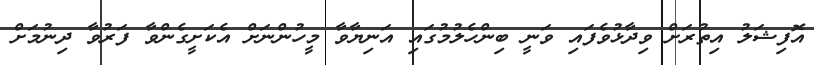
އޮފިޝަލު އިތުރަށް ވިދާޅުވެފައި ވަނީ ބިންހެލުމުގައި އަނިޔާވާ މީހުންނަށް އެކަށީގެންވާ ފަރުވާ ދިނުމަށް